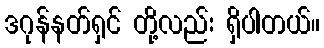
ဒဂုန်နတ်ရှင် တို့လည်း ရှိပါတယ်။